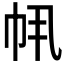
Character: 𫷂